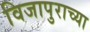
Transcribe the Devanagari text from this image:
विजापुराच्या